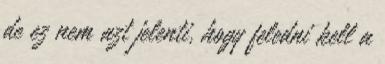
de ez nem azt jelenti, hogy feledni kell a